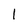
Character: l